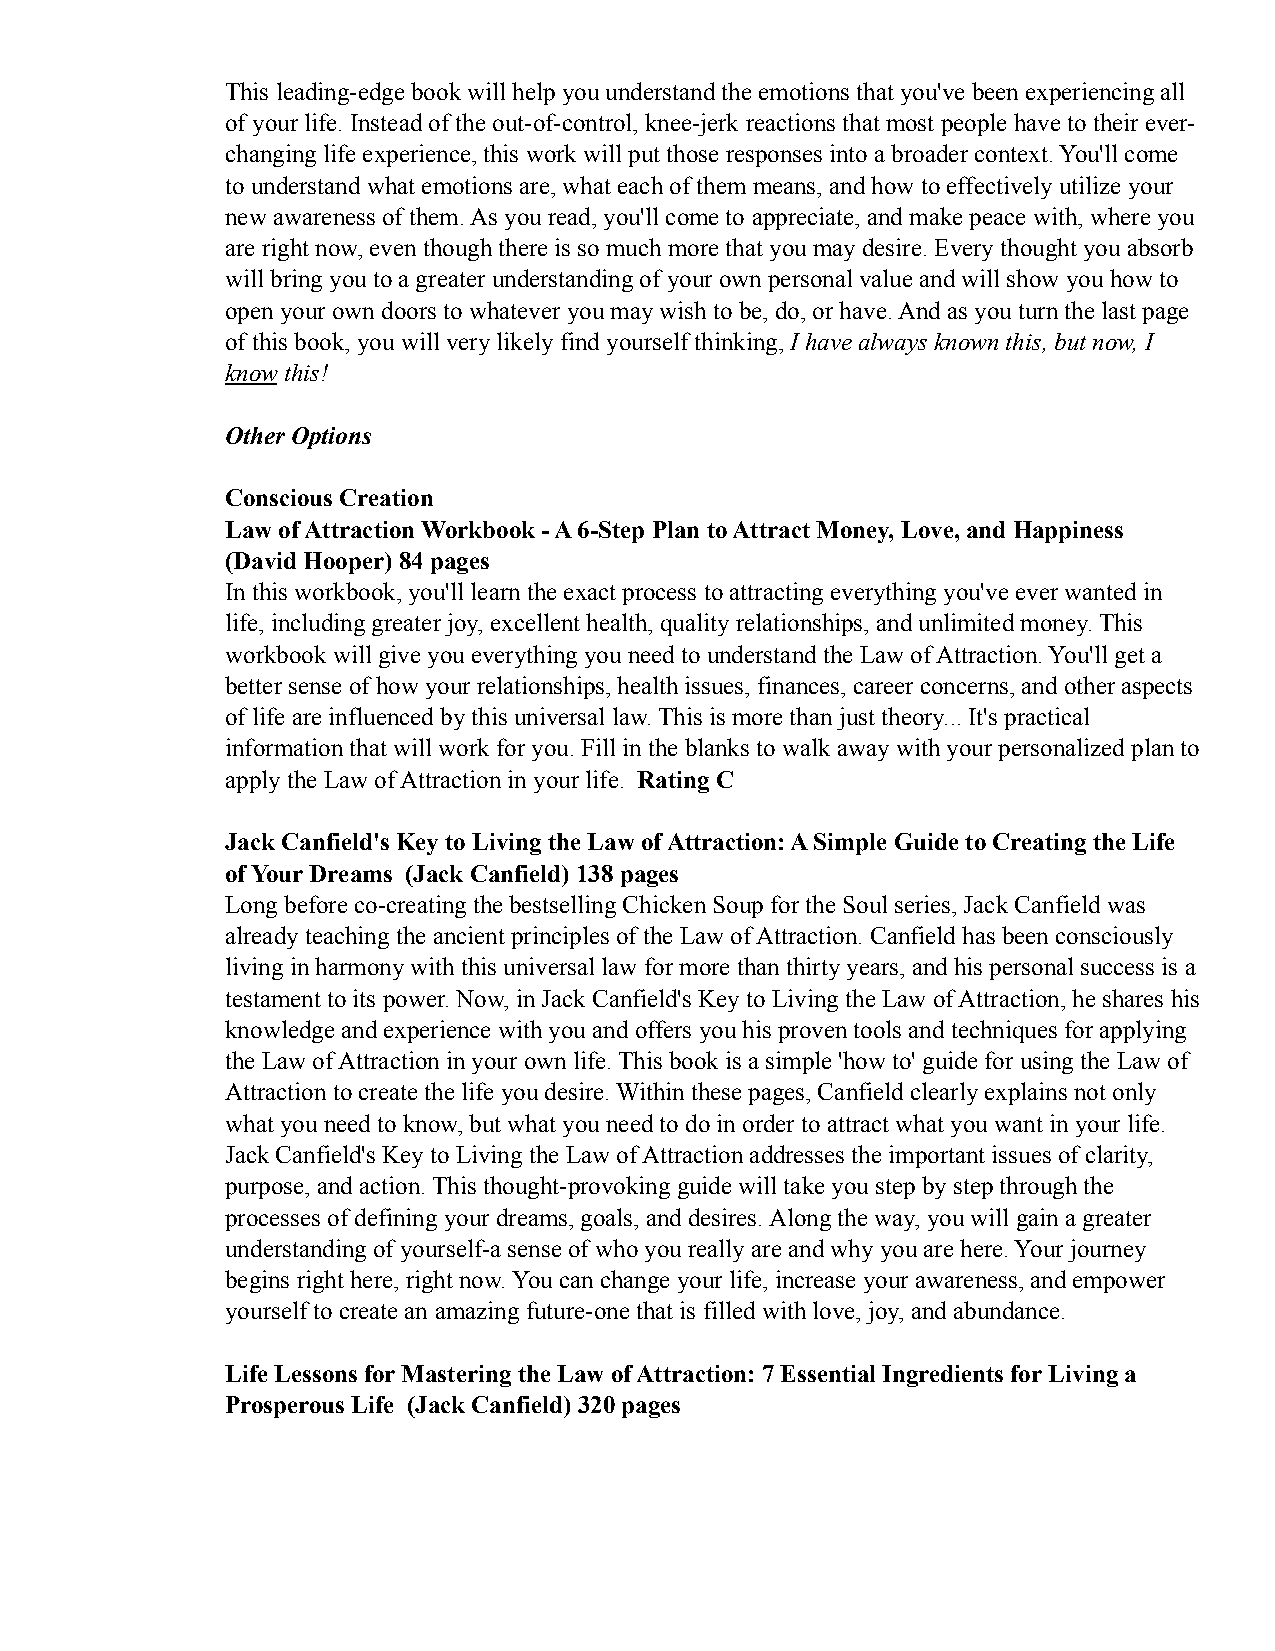
This leading-edge book will help you understand the emotions that you've been experiencing all
 of your life. Instead of the out-of-control, knee-jerk reactions that most people have to their ever-
 changing life experience, this work will put those responses into a broader context. You'll come
 to understand what emotions are, what each of them means, and how to effectively utilize your
 new awareness of them. As you read, you'll come to appreciate, and make peace with, where you
 are right now, even though there is so much more that you may desire. Every thought you absorb
 will bring you to a greater understanding of your own personal value and will show you how to
 open your own doors to whatever you may wish to be, do, or have. And as you turn the last page
 of this book, you will very likely find yourself thinking, I have always known this, but now, I
 know this!
 Other Options
 Conscious Creation
 Law of Attraction Workbook - A 6-Step Plan to Attract Money, Love, and Happiness
 (David Hooper) 84 pages
 In this workbook, you'll learn the exact process to attracting everything you've ever wanted in
 life, including greater joy, excellent health, quality relationships, and unlimited money. This
 workbook will give you everything you need to understand the Law of Attraction. You'll get a
 better sense of how your relationships, health issues, finances, career concerns, and other aspects
 of life are influenced by this universal law. This is more than just theory... It's practical
 information that will work for you. Fill in the blanks to walk away with your personalized plan to
 apply the Law of Attraction in your life. Rating C
 Jack Canfield's Key to Living the Law of Attraction: A Simple Guide to Creating the Life
 of Your Dreams (Jack Canfield) 138 pages
 Long before co-creating the bestselling Chicken Soup for the Soul series, Jack Canfield was
 already teaching the ancient principles of the Law of Attraction. Canfield has been consciously
 living in harmony with this universal law for more than thirty years, and his personal success is a
 testament to its power. Now, in Jack Canfield's Key to Living the Law of Attraction, he shares his
 knowledge and experience with you and offers you his proven tools and techniques for applying
 the Law of Attraction in your own life. This book is a simple 'how to' guide for using the Law of
 Attraction to create the life you desire. Within these pages, Canfield clearly explains not only
 what you need to know, but what you need to do in order to attract what you want in your life.
 Jack Canfield's Key to Living the Law of Attraction addresses the important issues of clarity,
 purpose, and action. This thought-provoking guide will take you step by step through the
 processes of defining your dreams, goals, and desires. Along the way, you will gain a greater
 understanding of yourself-a sense of who you really are and why you are here. Your journey
 begins right here, right now. You can change your life, increase your awareness, and empower
 yourself to create an amazing future-one that is filled with love, joy, and abundance.
 Life Lessons for Mastering the Law of Attraction: 7 Essential Ingredients for Living a
 Prosperous Life (Jack Canfield) 320 pages